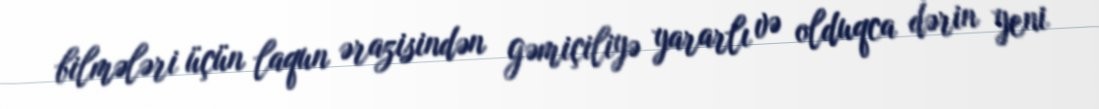
bilmələri üçün laqun ərazisindən gəmiçiliyə yararlı və olduqca dərin yeni